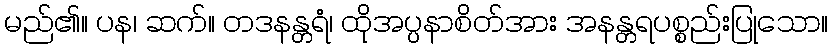
မည်၏။ ပန၊ ဆက်။ တဒနန္တရံ၊ ထိုအပ္ပနာစိတ်အား အနန္တရပစ္စည်းပြုသော။